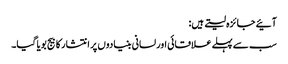
آئیے جائزہ لیتے ہیں:
سب سے پہلے علاقائی اور لسانی بنیادوں پر انتشار کا بیج بویا گیا۔